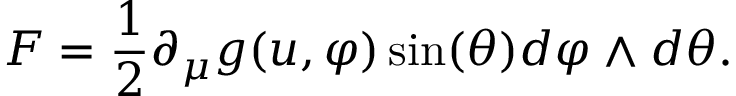
F = \frac { 1 } { 2 } \partial _ { \mu } g ( u , \varphi ) \sin ( \theta ) d \varphi \wedge d \theta .